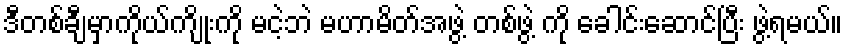
ဒီတစ်ချီမှာကိုယ်ကျိုးကို မငဲ့ဘဲ မဟာမိတ်အဖွဲ့ တစ်ဖွဲ့ ကို ခေါင်းဆောင်ပြီး ဖွဲ့ရမယ်။